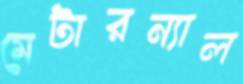
মেটারন্যাল